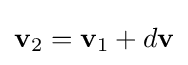
\mathbf {v} _{2}=\mathbf {v} _{1}+d\mathbf {v}